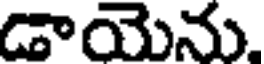
డాయెను.